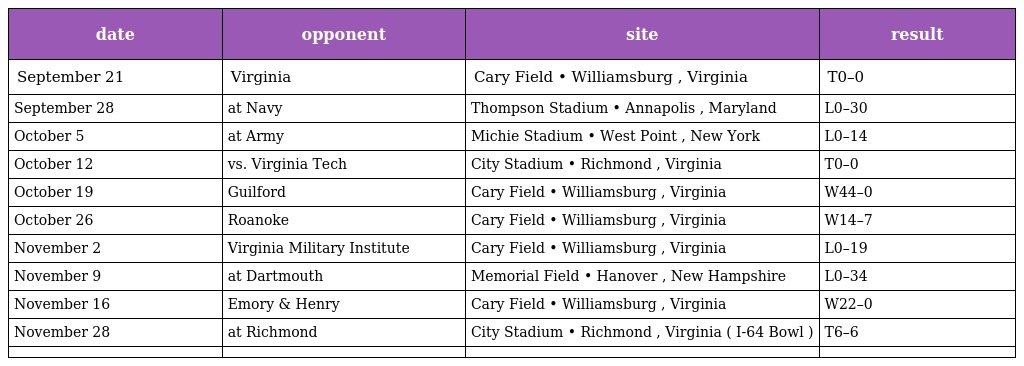
| date | opponent | site | result |
 | --- | --- | --- | --- |
 | September 21 | Virginia | Cary Field • Williamsburg , Virginia | T0–0 |
 | September 28 | at Navy | Thompson Stadium • Annapolis , Maryland | L0–30 |
 | October 5 | at Army | Michie Stadium • West Point , New York | L0–14 |
 | October 12 | vs. Virginia Tech | City Stadium • Richmond , Virginia | T0–0 |
 | October 19 | Guilford | Cary Field • Williamsburg , Virginia | W44–0 |
 | October 26 | Roanoke | Cary Field • Williamsburg , Virginia | W14–7 |
 | November 2 | Virginia Military Institute | Cary Field • Williamsburg , Virginia | L0–19 |
 | November 9 | at Dartmouth | Memorial Field • Hanover , New Hampshire | L0–34 |
 | November 16 | Emory & Henry | Cary Field • Williamsburg , Virginia | W22–0 |
 | November 28 | at Richmond | City Stadium • Richmond , Virginia ( I-64 Bowl ) | T6–6 |
 |  |  |  |  |